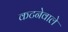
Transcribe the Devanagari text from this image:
कटनेवाले